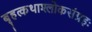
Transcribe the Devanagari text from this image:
बृहत्कथाश्लोकसंग्रहः